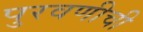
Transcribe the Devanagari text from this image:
पुरवणीची